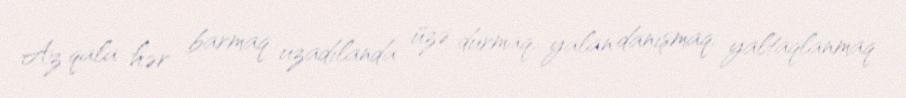
Az qala hər barmaq uzadılanda üzə durmaq, yalan danışmaq, yaltaqlanmaq